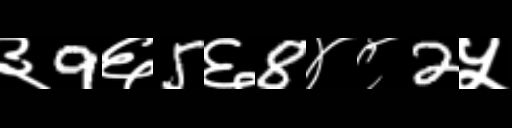
Text: ३9६5६8४८2५